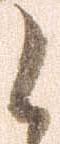
候